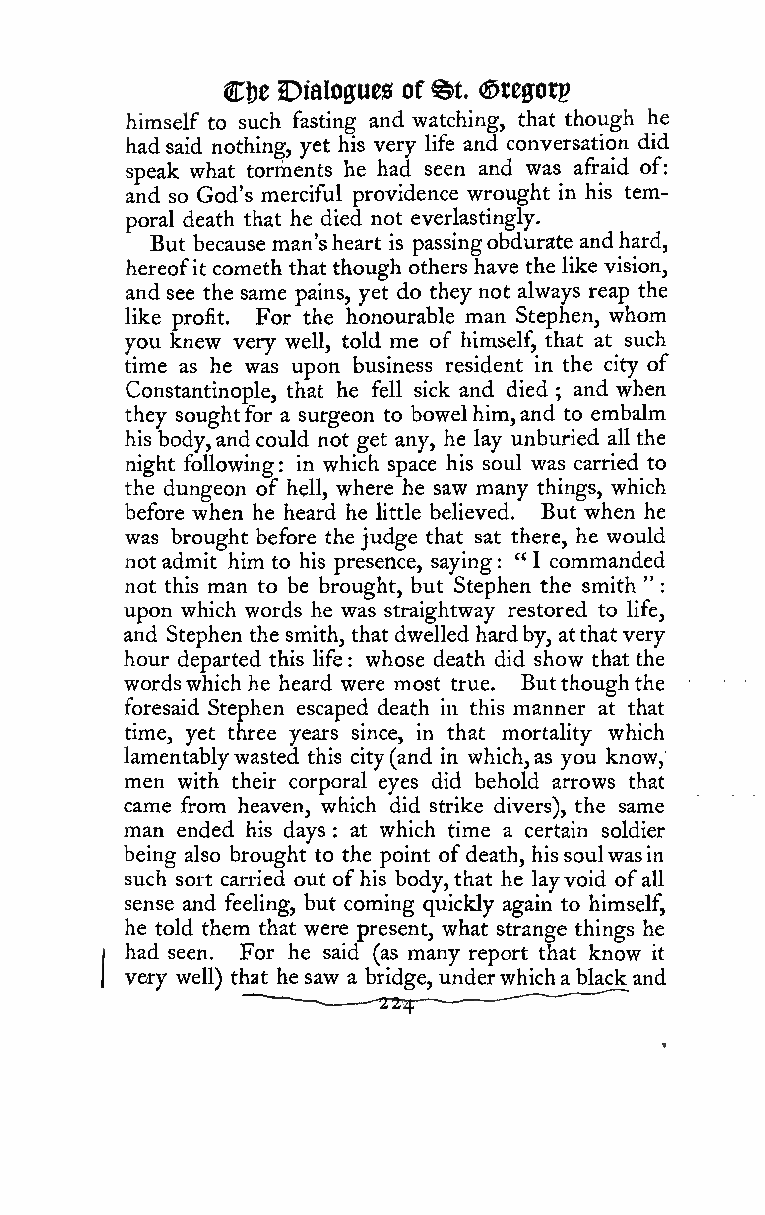
%t
 Clje Dialogues of ©tegotp
 himself to such fasting and watching, that though he
 had said nothing, yet his very life and conversation did
 speak what torments he had seen and was afraid of:
 and so God's merciful providence wrought in his tem-
 poral death that he died not everlastingly.
 But because man'sheart is passingobdurate andhard,
 hereofit cometh that though others have the like vision,
 and see the same pains, yet do they not always reap the
 like profit. For the honourable man Stephen, whom
 you knew very well, told me of himself, that at such
 time as he was upon business resident in the city of
 Constantinople, that he fell sick and died and when
 ;
 they soughtfor a surgeon to bowelhim,and to embalm
 his body,and could not get any, he lay unburied all the
 night following in which space his soul was carried to
 :
 the dungeon of hell, where he saw many things, which
 before when he heard he little believed. But when he
 was brought before thejudge that sat there, he would
 not admit him to his presence, saying : " I commanded
 not this man to be brought, but Stephen the smith "
 :
 upon which words he was straightway restored to life,
 and Stephen the smith, that dwelled hardby, atthatvery
 hour departed this life: whose death did show that the
 wordswhich he heard were most true. Butthoughthe
 foresaid Stephen escaped death in this manner at that
 time, yet three years since, in that mortality which
 lamentablywasted this city(and in which,as you know,
 men with their corporal eyes did behold arrows that
 came from heaven, which did strike divers), the same
 man ended his days : at which time a certain soldier
 being also brought to the point ofdeath, hissoulwasin
 such sort carried out ofhis body,that he layvoid ofall
 sense and feeling, but coming quickly again to himself,
 he told them that were present, what strange things he
 had seen. For he said (as many report that know it
 very well) that he saw a bridge, underwhicha black and